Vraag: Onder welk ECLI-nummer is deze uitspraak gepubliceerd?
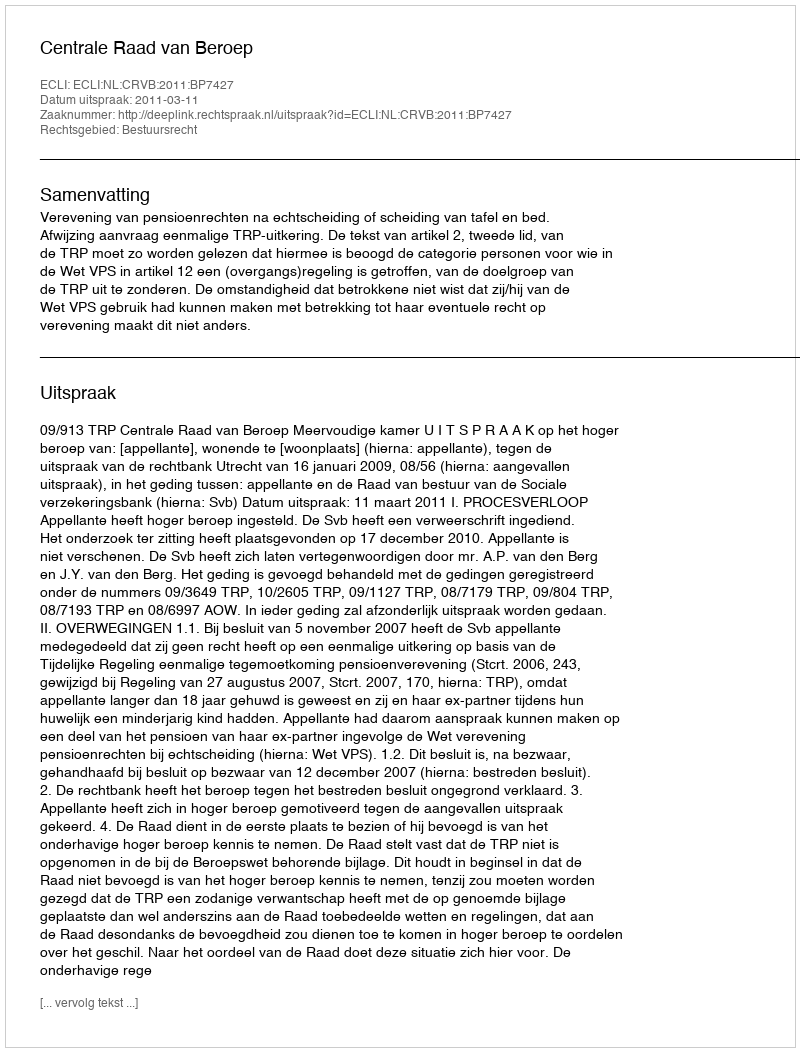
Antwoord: ECLI:NL:CRVB:2011:BP7427